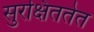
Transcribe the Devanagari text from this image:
सुरक्षिततेत